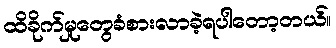
ထိခိုက်မှုတွေခံစားလာခဲ့ရပါတော့တယ်။